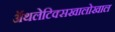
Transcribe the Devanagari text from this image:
ॲथलेटिक्सखालोखाल